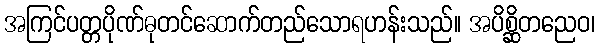
အကြင်ပတ္တပိုဏ်ဓုတင်ဆောက်တည်သောရဟန်းသည်။ အပိစ္ဆိတညေဝ၊